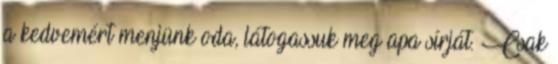
a kedvemért menjünk oda, látogassuk meg apa sírját. Csak